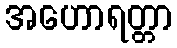
အဟောရတ္တာ